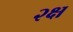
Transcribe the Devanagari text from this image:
२क्ष